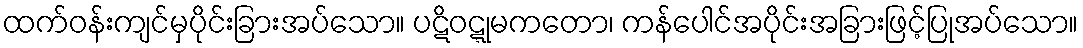
ထက်ဝန်းကျင်မှပိုင်းခြားအပ်သော။ ပဋိဝဋ္ဋုမကတော၊ ကန်ပေါင်အပိုင်းအခြားဖြင့်ပြုအပ်သော။